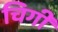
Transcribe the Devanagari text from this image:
चिगी